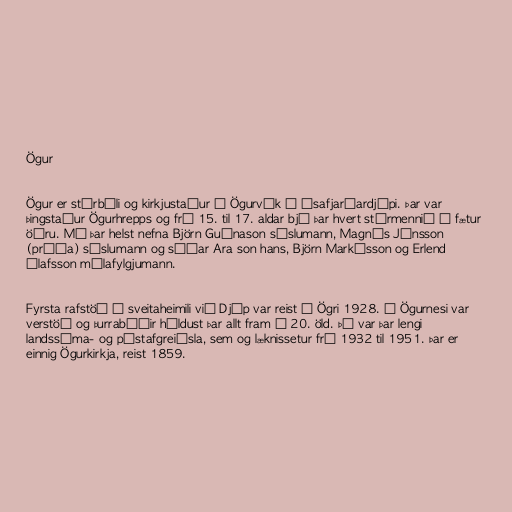
Ögur

Ögur er stórbýli og kirkjustaður í Ögurvík í Ísafjarðardjúpi. Þar var
þingstaður Ögurhrepps og frá 15. til 17. aldar bjó þar hvert stórmennið á fætur
öðru. Má þar helst nefna Björn Guðnason sýslumann, Magnús Jónsson
(prúða) sýslumann og síðar Ara son hans, Björn Markússon og Erlend
Ólafsson málafylgjumann.

Fyrsta rafstöð á sveitaheimili við Djúp var reist í Ögri 1928. Í Ögurnesi var
verstöð og þurrabúðir héldust þar allt fram á 20. öld. Þá var þar lengi
landssíma- og póstafgreiðsla, sem og læknissetur frá 1932 til 1951. Þar er
einnig Ögurkirkja, reist 1859.